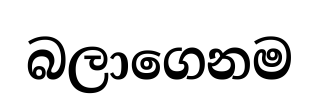
බලාගෙනම